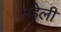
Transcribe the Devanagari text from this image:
महेली